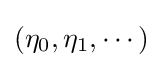
(\eta _{0},\eta _{1},\cdots )